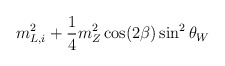
\begin{align*} m_{L,i}^2 + \frac{1}{4} m_Z^2 \cos(2\beta) \sin^2 \theta_W\end{align*}